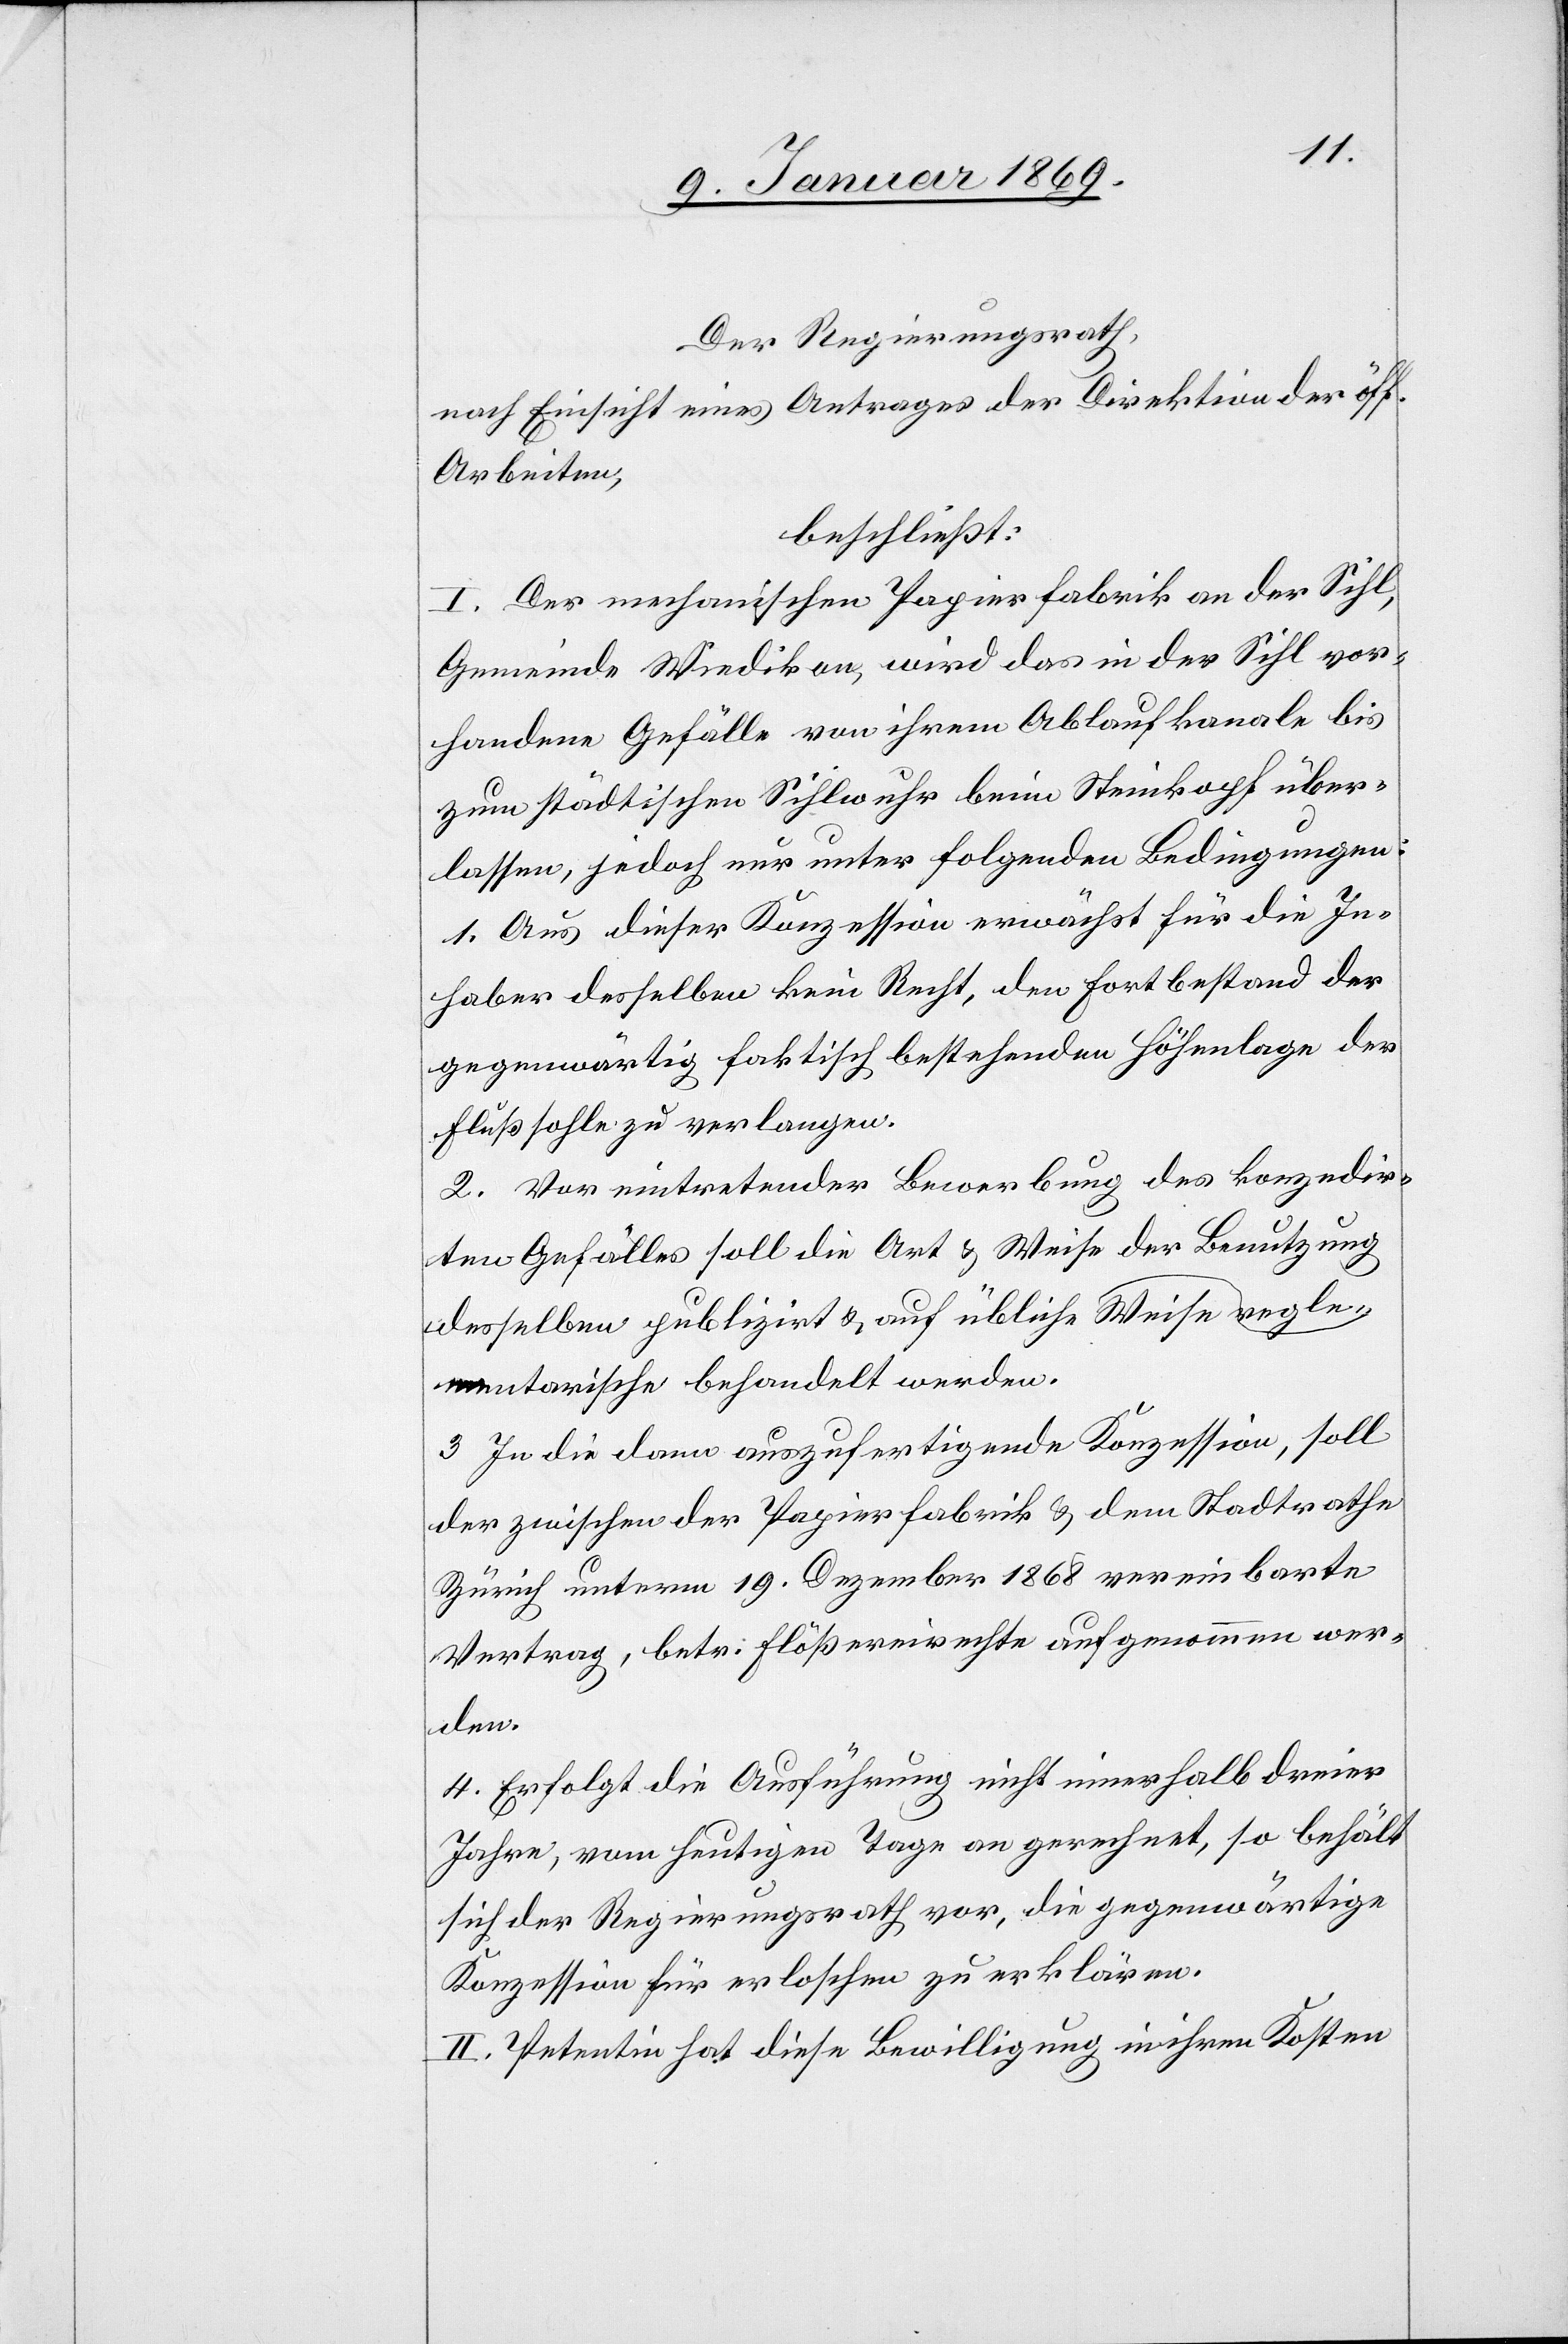
Der Regierungsrath,
nach Einsicht eines Antrages der Direktion der öff.
Arbeiten,
beschließt:
I. Der mechanischen Papierfabrik an der Sihl,
Gemeinde Wiedikon, wird das in der Sihl vor¬
handene Gefälle von ihrem Ablaufkanale bis
zum städtischen Sihlwuhr beim Steinkopf über¬
lassen, jedoch nur unter folgenden Bedingungen:
1. Aus dieser Konzession erwächst für die In¬
haber desselben kein Recht, den Fortbestand der
gegenwärtig faktisch bestehenden Höhenlage der
Flußsohle zu verlangen.
2. Vor eintretender Bewerbung des konzedir¬
ten Gefälles soll die Art & Weise der Benutzung
desselben publizirt & auf übliche regle¬
mentarische Weise behandelt werden.
3. In die dann auszufertigende Konzession, soll
der zwischen der Papierfabrik & dem Stadtrathe
Zürich unterm 19. Dezember 1868 vereinbarte
Vertrag, betr. Flößereirechte aufgenommen wer¬
den.
4. Erfolgt die Ausführung nicht innerhalb dreier
Jahre, vom heutigen Tage an gerechnet, so behält
sich der Regierungsrath vor, die gegenwärtige
Konzession für erloschen zu erklären.
II. Petentin hat diese Bewilligung in ihren Kosten